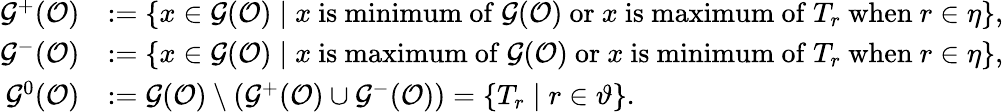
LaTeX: \begin{array}{rl}{\mathcal G^{+}(\mathcal O)}&{:=\{ x\in\mathcal G(\mathcal O)\mid x\mathrm{~is~minimum~of~}\mathcal G(\mathcal O)\mathrm{~or~}x\mathrm{~is~maximum~of~}T_{r}\mathrm{~when~}r\in\eta\} ,}\\ {\mathcal G^{-}(\mathcal O)}&{:=\{ x\in\mathcal G(\mathcal O)\mid x\mathrm{~is~maximum~of~}\mathcal G(\mathcal O)\mathrm{~or~}x\mathrm{~is~minimum~of~}T_{r}\mathrm{~when~}r\in\eta\} ,}\\ {\mathcal G^{0}(\mathcal O)}&{:=\mathcal G(\mathcal O)\setminus(\mathcal G^{+}(\mathcal O)\cup\mathcal G^{-}(\mathcal O))=\{ T_{r}\mid r\in\vartheta\} .}\end{array}